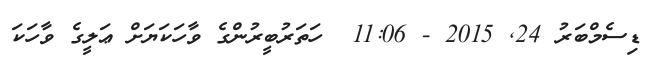
ޑިސެމްބަރު 24